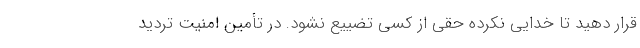
قرار دهید تا خدایی نکرده حقی از کسی تضییع نشود. در تأمین امنیت تردید